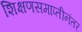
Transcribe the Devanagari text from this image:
शिक्षणसमाप्तीनंतर